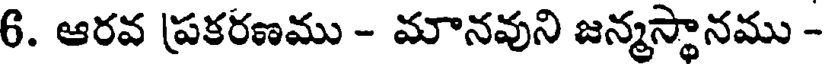
6. ఆరవ (పకరణము - మానవుని జన్మస్థానము -